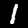
Digit: 1